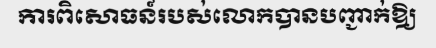
ការពិសោធន៍របស់លោកបានបញ្ជាក់ឱ្យ